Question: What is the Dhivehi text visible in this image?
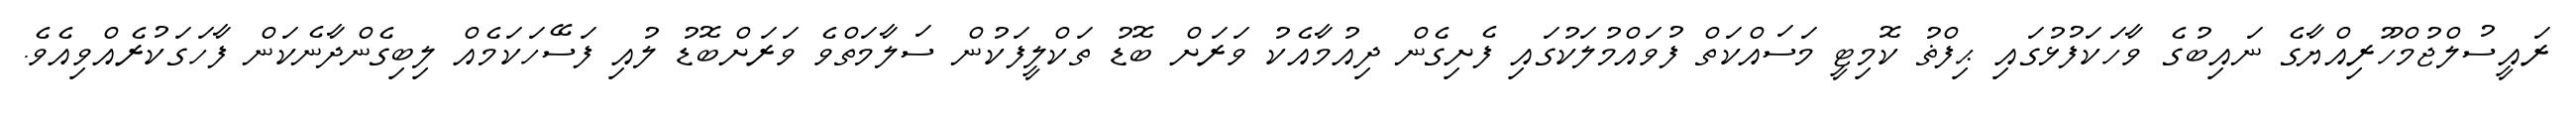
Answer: ރައީސުލްޖުމްހޫރިއްޔާގެ ނައިބުގެ ވާހަކަފުޅުގައި ޙިފްޡު ކޮމިޓީ މަސައްކަތް ފުވައްމުލަކުގައި ފެށިގެން ދިއުމާއެކު ވަރަށް ބޮޑު ތަކްލީފަކުން ސަލާމަތްވެ ވަރަށްބޮޑު ލުއި ފަސޭހަކަމެއް ލިބިގެންދާނެކަން ފާހަގަކުރެއްވިއެވެ.